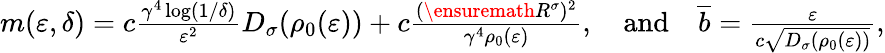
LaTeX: \begin{array}{r}{m(\varepsilon,\delta)=c\frac{\gamma^{4}\log(1/\delta)}{\varepsilon^{2}}D_{\sigma}(\rho_{0}(\varepsilon))+c\frac{(\ensuremath{R}^{\sigma})^{2}}{\gamma^{4}\rho_{0}(\varepsilon)},\quad\mathrm{and}\quad\overline{{b}}=\frac{\varepsilon}{c\sqrt{D_{\sigma}(\rho_{0}(\varepsilon))}},}\end{array}